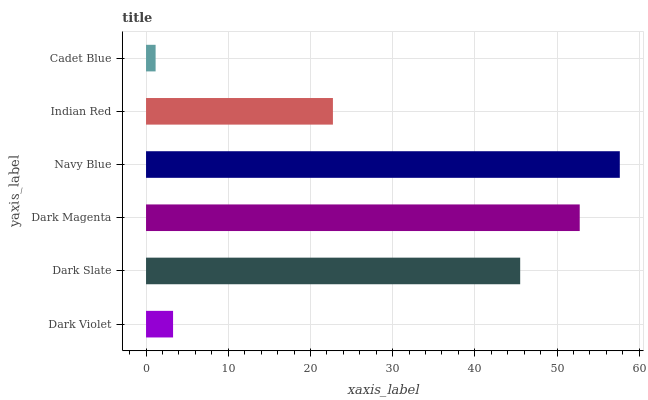
| yaxis_label | bars |
 | --- | --- |
 | Dark Violet | 3.29 |
 | Dark Slate | 45.5 |
 | Dark Magenta | 52.8 |
 | Navy Blue | 57.6 |
 | Indian Red | 22.7 |
 | Cadet Blue | 1.17 |